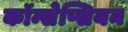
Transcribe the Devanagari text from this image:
कॉन्सेप्सियन